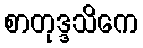
စာတုဒ္ဒသိကေ